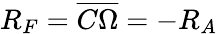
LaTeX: R_{F}=\overline{{C\Omega}}=-R_{A}